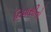
નિવાસીનો